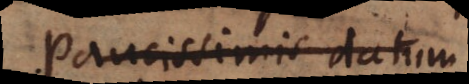
Paucissimis datum